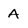
Character: A